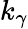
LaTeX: k_{\gamma}